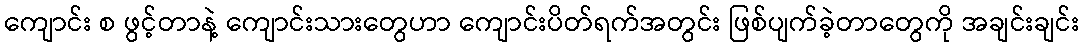
ကျောင်း စ ဖွင့်တာနဲ့ ကျောင်းသားတွေဟာ ကျောင်းပိတ်ရက်အတွင်း ဖြစ်ပျက်ခဲ့တာတွေကို အချင်းချင်း